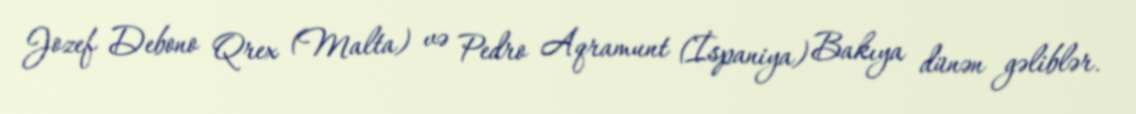
Jozef Debono Qrex (Malta) və Pedro Aqramunt (İspaniya) Bakıya dünən gəliblər.